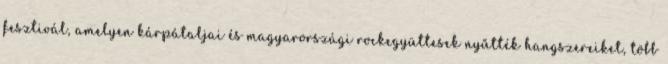
fesztivál, amelyen kárpátaljai és magyarországi rockegyüttesek nyűtték hangszereiket, több